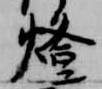
燈